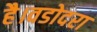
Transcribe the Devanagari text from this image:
है।वडोदरा